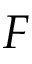
F